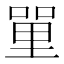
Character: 𠹈